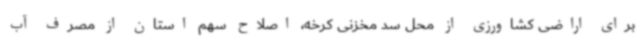
برای اراضی کشاورزی از محل سد مخزنی کرخه، اصلاح سهم استان از مصرف آب